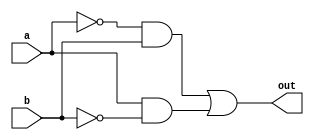
`timescale 1ns / 1ps
//////////////////////////////////////////////////////////////////////////////////
// Company: 
// Engineer: 
// 
// Design Name: 
// Module Name:    XorGate 
// Project Name: 
// Target Devices: 
// Tool versions: 
// Description: 
//
// Dependencies: 
//
// Revision: 
// Revision 0.01 - File Created
// Additional Comments: 
//
//////////////////////////////////////////////////////////////////////////////////
module XorGate(output out, input a, b
    );
	wire a0, b0;
	wire and1, and2;
	//inverters
	not (a0, a);
	not (b0, b);
	//Create the output
	and (and1, a0, b);
	and (and2, a, b0);
	or  (out, and1, and2);	//output
	

endmodule